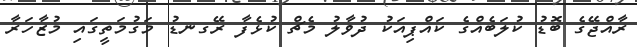
ރާއްޖޭގެ ބޮޑު ކުލަބެއްގެ ކައްޕިއަކު ދުވާލު މެޗް ކުޅެފާ ރޭގނޑު މަގުމަތީގައި މުޒާހަރާ